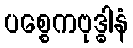
ပစ္စေကဗုဒ္ဓါနံ